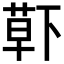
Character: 𮏱